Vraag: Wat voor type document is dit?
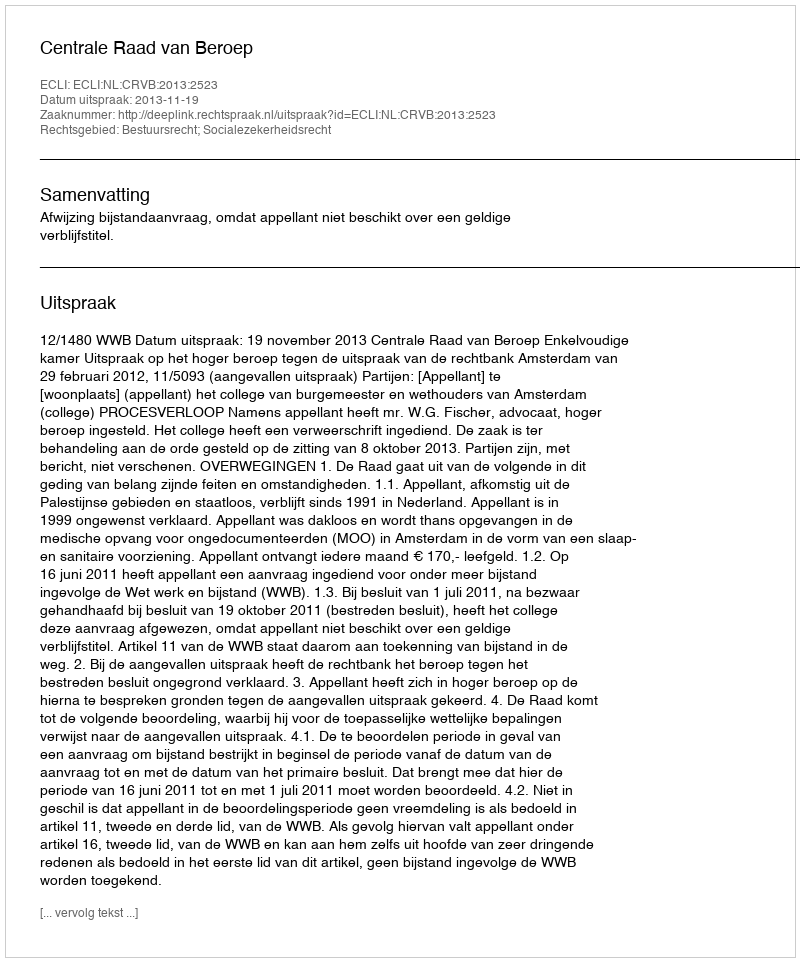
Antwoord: Uitspraak